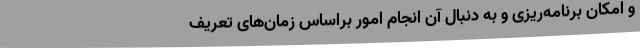
و امکان برنامه‌ریزی و به دنبال آن انجام امور براساس زمان‌های تعریف